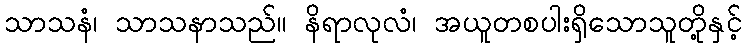
သာသနံ၊ သာသနာသည်။ နိရာလုလံ၊ အယူတစပါးရှိသောသူတို့နှင့်